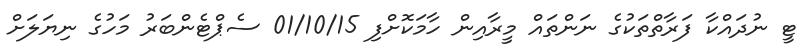
ޓީ ނުދައްކާ ފަރާތްތަކުގެ ނަންތައް މީރާއިން ހާމަކޮށްފި 01/10/15 ސެޕްޓެންބަރު މަހުގެ ނިޔަލަށް